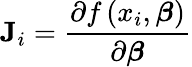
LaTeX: \mathbf{J}_{i}={\frac{\partial f\left(x_{i},{\boldsymbol{\beta}}\right)}{\partial{\boldsymbol{\beta}}}}